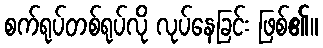
စက်ရုပ်တစ်ရုပ်လို လုပ်နေခြင်း ဖြစ်၏။